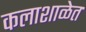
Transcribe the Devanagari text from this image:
कलाशाळेत